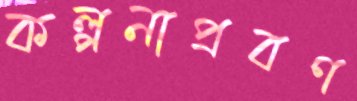
কল্পনাপ্রবণ